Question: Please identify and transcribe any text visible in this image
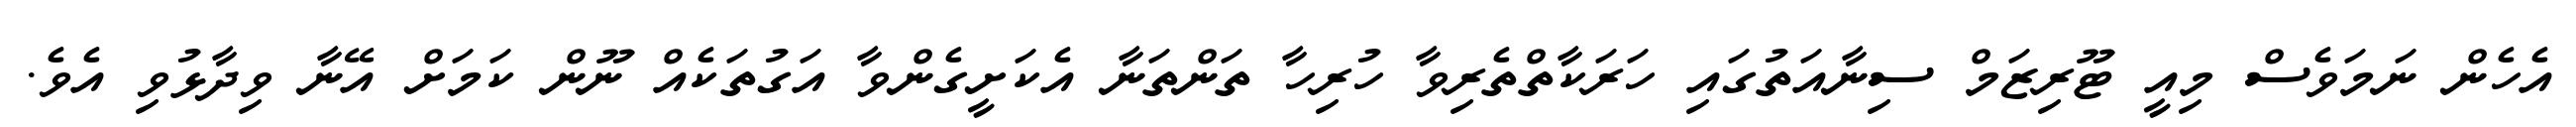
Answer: އެހެން ނަމަވެސް މިއީ ޓޫރިޒަމް ސިނާއަތުގައި ހަރަކާތްތެރިވާ ހުރިހާ ތަންތަނާ އެކަށީގެންވާ އަގުތަކެއް ނޫން ކަމަށް އޭނާ ވިދާޅުވި އެވެ.